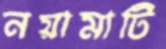
নয়ামাটি